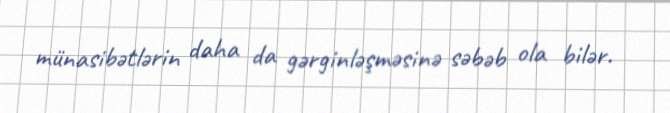
münasibətlərin daha da gərginləşməsinə səbəb ola bilər.